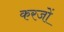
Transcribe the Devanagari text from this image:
करजों